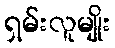
ရှမ်းလူမျိုး